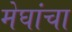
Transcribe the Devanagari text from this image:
मेघांचा